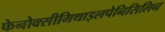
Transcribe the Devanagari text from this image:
फेनोक्सीमिथाइलपेनिसिलिन